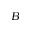
B